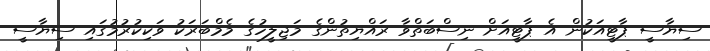
ސިޔާސީ ޕާޓީއަކުން އެ ޕާޓީއަށް ނިސްބަތްވާ ރައްޔިތުންގެ މަޖިލީހުގެ މެމްބަރަކު ވަކިކުރުމުގައި ސިޔާސީ